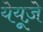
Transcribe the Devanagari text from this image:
येयूज़े